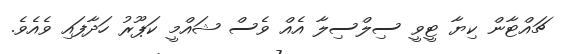
ޗައްޓާން ކިޔާ ޓީވީ ސިލްސިލާ އެއް ވެސް ޝައްމީ ކަޕޫރު ހަދާފައި ވެއެވެ.